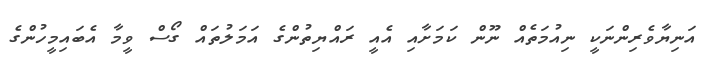
އަނިޔާވެރިންނަކީ ނިއުމަތެއް ނޫން ކަމަށާއި އެއީ ރައްޔިތުންގެ އަމަލުތައް ގޯސް ވީމާ އެބައިމީހުންގެ